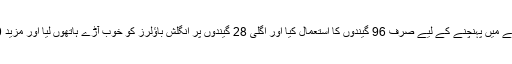
انہوں نے تہرے ہندسے میں پہنچنے کے لیے صرف 96 گیندوں کا استعمال کیا اور اگلی 28 گیندوں پر انگلش باؤلرز کو خوب آڑے ہاتھوں لیا اور مزید 50 رنز حاصل کیے۔